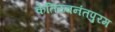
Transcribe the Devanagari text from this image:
केतिरुवनंतपुरम